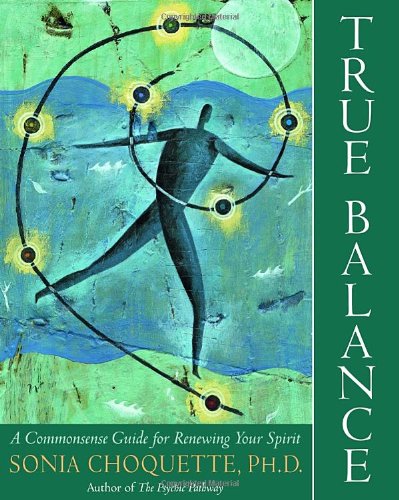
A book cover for True Balance: A Commonsense Guide for Renewing Your Spirit; Sonia Choquette; Religion & Spirituality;